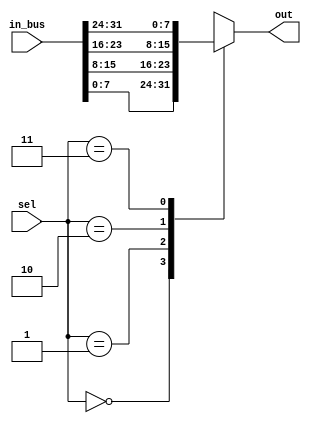
// MULTIPLEXER
// Largely taken from https://alteraforum.com/forum/showthread.php?t=22519
// Modified by Trevor Gordon

module MULTIPLEXER_M (out, sel, in_bus);
	
    parameter WIDTH= 8;
    parameter  CHANNELS= 4;
    parameter SEL_LENGTH = 2;

    input   [(CHANNELS*WIDTH)-1:0]      in_bus;
    input   [SEL_LENGTH-1:0]    sel;	
    //input [2:0] sel;

    output  [WIDTH-1:0]                 out;
 

genvar ig;
    
wire    [WIDTH-1:0] input_array [0:CHANNELS-1];

assign  out = input_array[sel];

generate
    for(ig=0; ig<CHANNELS; ig=ig+1) begin: array_assignments
        assign  input_array[ig] = in_bus[(ig*WIDTH)+:WIDTH];
    end
endgenerate


endmodule